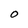
Character: o